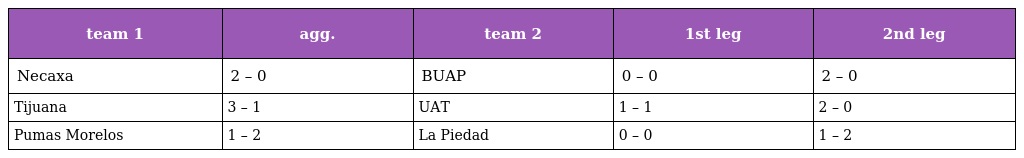
| team 1 | agg. | team 2 | 1st leg | 2nd leg |
 | --- | --- | --- | --- | --- |
 | Necaxa | 2 – 0 | BUAP | 0 – 0 | 2 – 0 |
 | Tijuana | 3 – 1 | UAT | 1 – 1 | 2 – 0 |
 | Pumas Morelos | 1 – 2 | La Piedad | 0 – 0 | 1 – 2 |